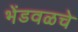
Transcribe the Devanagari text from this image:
भेंडवळचे